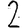
Digit: 2